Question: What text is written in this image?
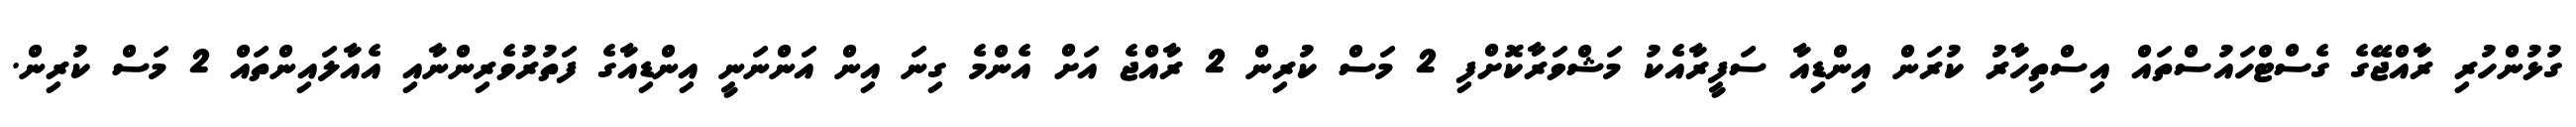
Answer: ގުޅުންހުރި ރާއްޖޭގެ ގެސްޓްހައުސްތައް އިސްތިހާރު ކުރަން އިންޑިއާ ސަފީރާއެކު މަޝްވަރާކޮށްފި 2 މަސް ކުރިން 2 ރާއްޖެ އަށް އެންމެ ގިނަ އިން އަންނަނީ އިންޑިއާގެ ފަތުރުވެރިންނާއި އެއާލައިންތައް 2 މަސް ކުރިން.